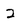
Character: 2